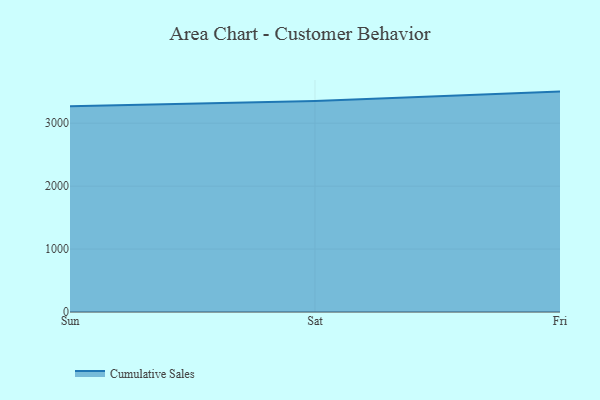
{"axis": {"x": "Day", "y": "Latency (ms)"}, "legend": ["Cumulative Sales"], "data": [{"x": "Sun", "y": 3268.2, "type": "Cumulative Sales"}, {"x": "Sat", "y": 3354.7, "type": "Cumulative Sales"}, {"x": "Fri", "y": 3502.6, "type": "Cumulative Sales"}]}